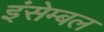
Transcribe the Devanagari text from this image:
इंसेम्बल